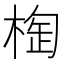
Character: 𣖑